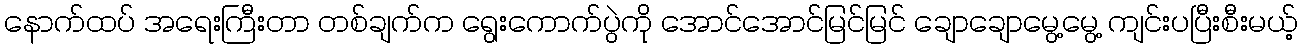
နောက်ထပ် အရေးကြီးတာ တစ်ချက်က ရွေးကောက်ပွဲကို အောင်အောင်မြင်မြင် ချောချောမွေ့မွေ့ ကျင်းပပြီးစီးမယ့်